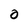
Character: O